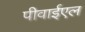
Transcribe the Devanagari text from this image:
पीवाईएल